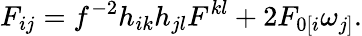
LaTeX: F_{ij}=f^{-2}h_{ik}h_{jl}F^{kl}+2F_{0[i}\omega_{j]}.